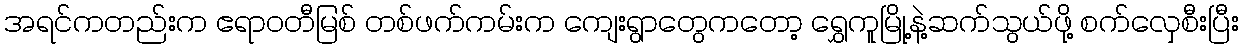
အရင်ကတည်းက ဧရာဝတီမြစ် တစ်ဖက်ကမ်းက ကျေးရွာတွေကတော့ ရွှေကူမြို့နဲ့ဆက်သွယ်ဖို့ စက်လှေစီးပြီး